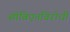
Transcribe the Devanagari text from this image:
सोविएतविरोधी